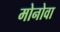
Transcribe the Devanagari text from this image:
मोनोवा